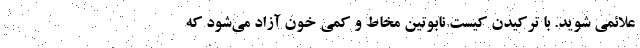
علائمی شوید. با ترکیدن کیست نابوتین مخاط و کمی خون آزاد می‌شود که